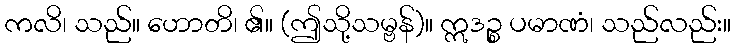
ကလိ၊ သည်။ ဟောတိ၊ ၏။ (ဤသို့သမ္ဗန်)။ ဣဒဉ္စ ပမာဏံ၊ သည်လည်း။